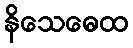
နိသေဓေထ